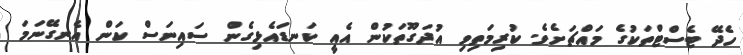
ހެދޭ ޓެސްޓްތަކުގެ މައްޗަށެވެ. ކުރިމަތިވި އުދަގޫތަކުން އެއީ ކަނޑައެޅިގެން ސައިނަސް ކަން އެނގޭނަމަ